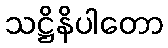
သဋ္ဌိနိပါတော